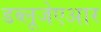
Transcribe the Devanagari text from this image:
डब्लूजेएआर